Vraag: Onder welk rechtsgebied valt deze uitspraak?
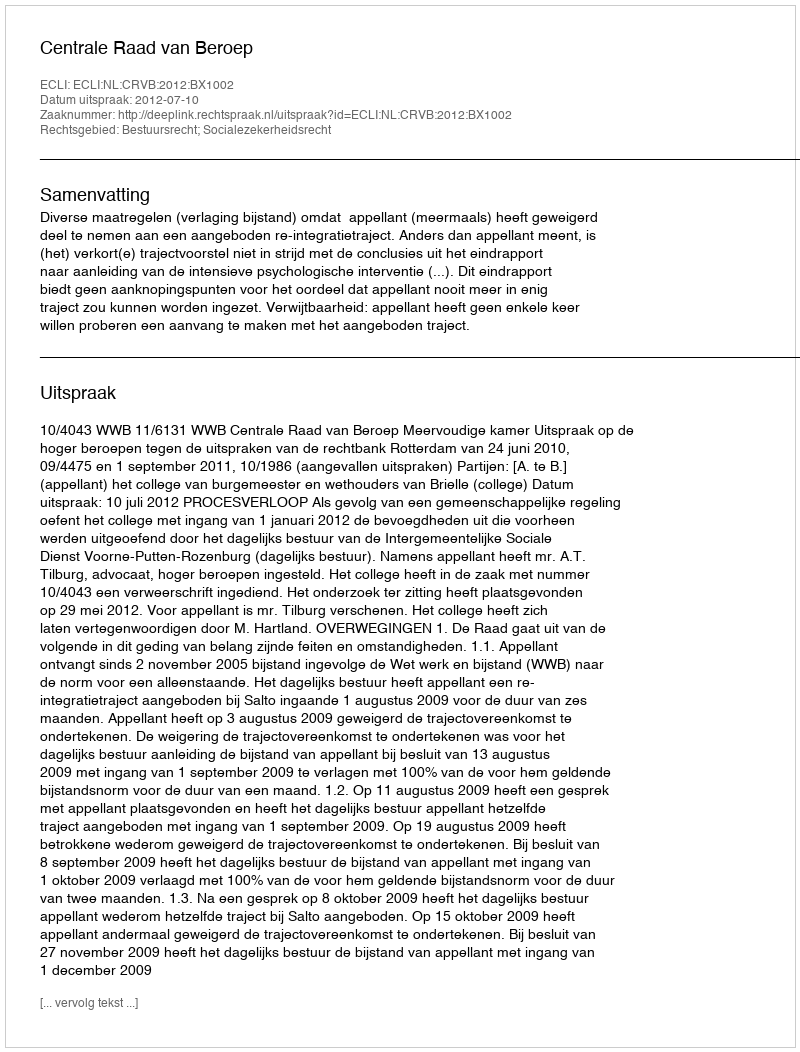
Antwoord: Bestuursrecht; Socialezekerheidsrecht